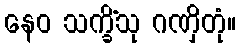
နေဝ သက္ခိံသု ဂဏှိတုံ။